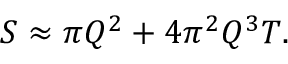
S \approx \pi Q ^ { 2 } + 4 \pi ^ { 2 } Q ^ { 3 } T .